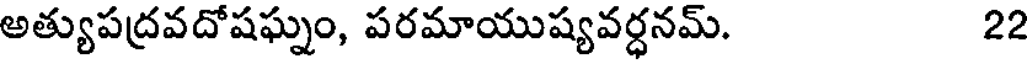
అత్యుపద్రవదోషఘ్నం, పరమాయుష్యవర్ధనమ్. 22